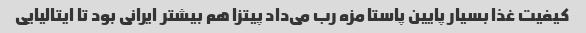
کیفیت غذا بسیار پایین پاستا مزه رب می‌داد پیتزا هم بیشتر ایرانی بود تا ایتالیایی